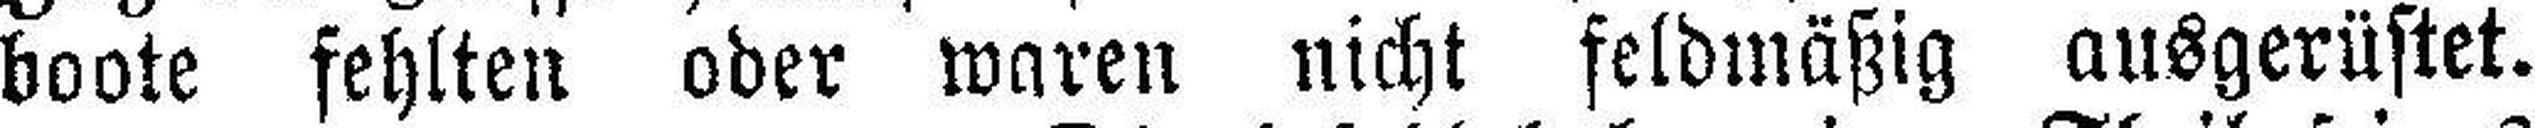
boote fehlten oder waren nicht feldmäßig ausgerüstet.